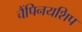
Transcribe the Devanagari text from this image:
चैंपिनयशिप